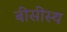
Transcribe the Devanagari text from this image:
बीसीस्थ